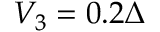
V _ { 3 } = 0 . 2 \Delta